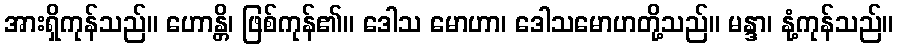
အားရှိကုန်သည်။ ဟောန္တိ၊ ဖြစ်ကုန်၏။ ဒေါသ မောဟာ၊ ဒေါသမောဟတို့သည်။ မန္ဒာ၊ နုံ့ကုန်သည်။